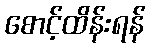
စောင့်ထိန်းရန်